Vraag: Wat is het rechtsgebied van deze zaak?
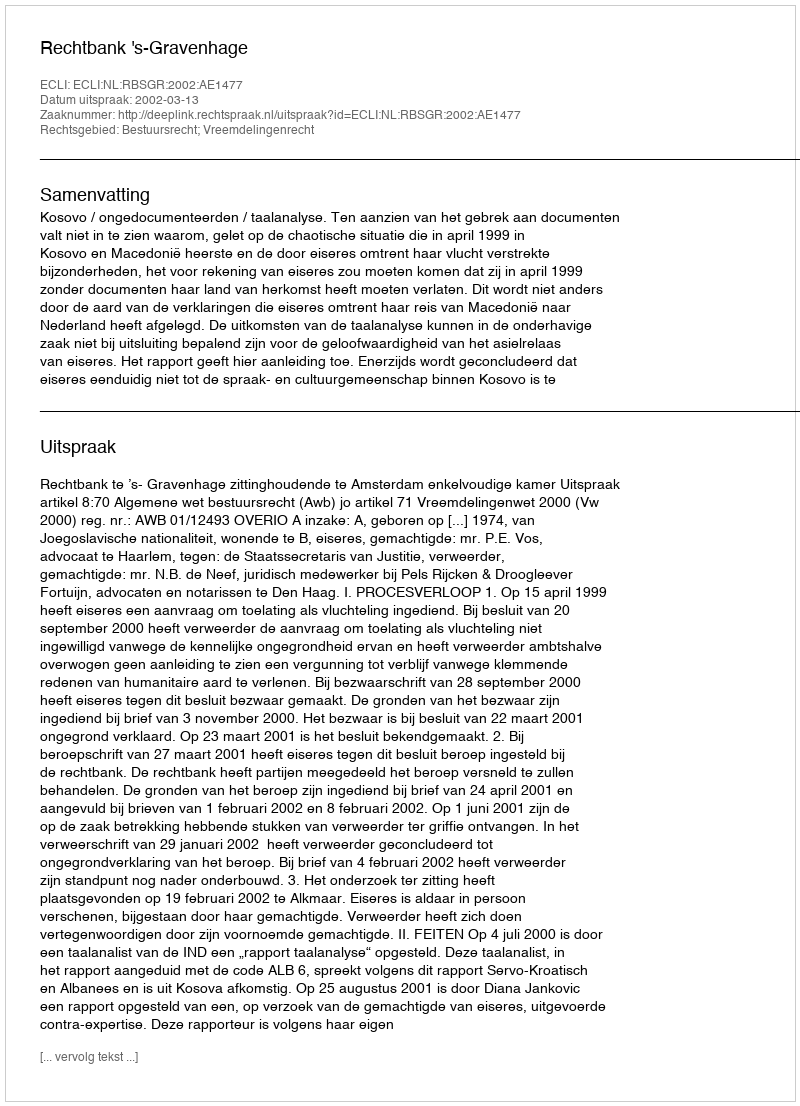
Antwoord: Bestuursrecht; Vreemdelingenrecht